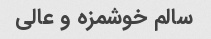
سالم خوشمزه و عالی